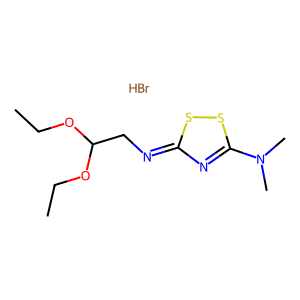
SMILES: Br.CCOC(CN=c1nc(N(C)C)ss1)OCC
Inhibits HIV replication: No